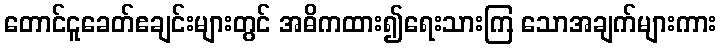
တောင်ငူခေတ်ဧချင်းများတွင် အဓိကထား၍ရေးသားကြ သောအချက်များကား